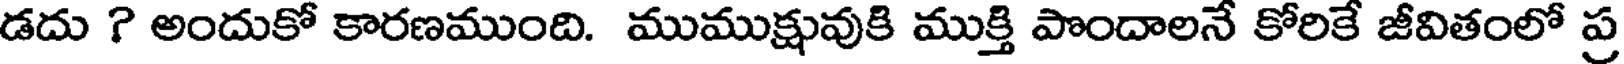
డదు ? అందుకో కారణముంది. ముముక్షువుకి ముక్తి పొందాలనే కోరికే జీవితంలో ప్ర